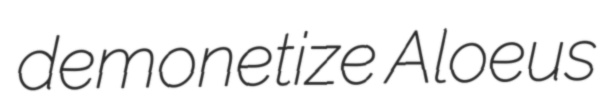
demonetize Aloeus